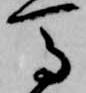
馬